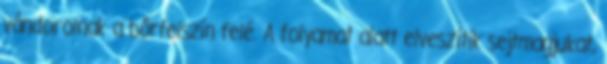
vándorolnak a bőrfelszín felé. A folyamat alatt elveszítik sejtmagjukat,